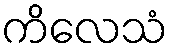
ကိလေသံ